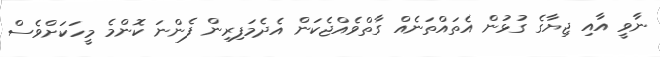
ނާވީ އާއި ޖިޔާގެ ގުޅުން އެތައްތަނެއް ގާތްވެއްޖެކަން އެދެމަފިރިން ފެންނަ ކޮންމެ މީހަކަށްވެސް